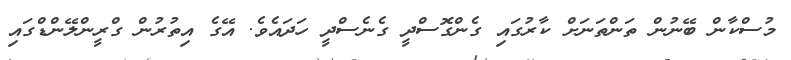
މުސްކާން ބޭނުން ތަންތަނަށް ކާރުގައި ގެންގޮސްދީ ގެނެސްދީ ހަދައެވެ. އޭގެ އިތުރުން ގްރީންލޭންޑްގައި